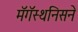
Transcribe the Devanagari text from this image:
मॅगॅस्थनिसने